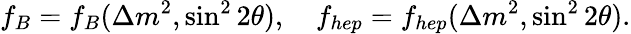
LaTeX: f_{B}=f_{B}(\Delta m^{2},\sin^{2}2\theta),~~~~f_{hep}=f_{hep}(\Delta m^{2},\sin^{2}2\theta).